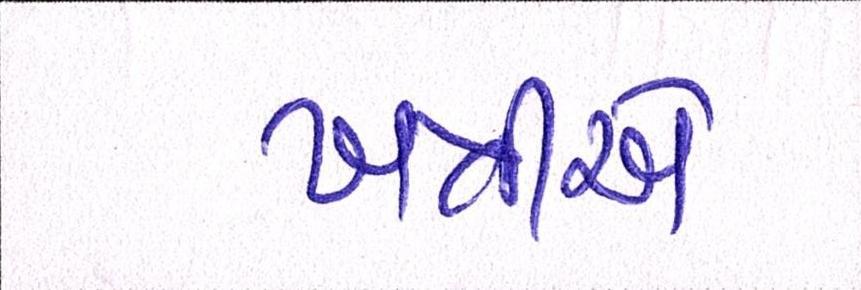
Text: ખત્રીએ